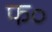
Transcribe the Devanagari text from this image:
फ०